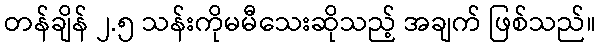
တန်ချိန် ၂.၅ သန်းကိုမမီသေးဆိုသည့် အချက် ဖြစ်သည်။